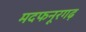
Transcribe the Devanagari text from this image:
मदफनूरगढ़